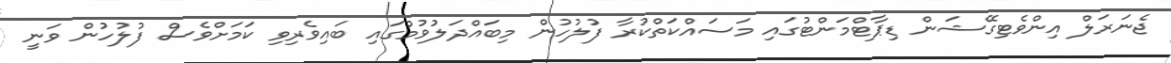
ޖެނަރަލް އިންވެޓިގޭޝަން ޑިޕާޓްމަންޓުގައި މަސައްކަތްކުރާ ފުލުހުން މިބައްދަލުވުމުގައި ބައިވެރިވި ކަމަށްވެސް ފުލުހުން ވަނީ